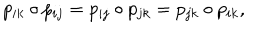
p _ { i k } \circ p _ { i j } = p _ { i j } \circ p _ { j k } = p _ { j k } \circ p _ { i k } ,